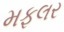
મફલર